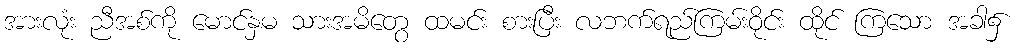
အားလုံး ညီအစ်ကို မောင်နှမ သားအမိတွေ ထမင်း စားပြီး လဘက်ရည်ကြမ်းဝိုင်း ထိုင် ကြသော အခါ၌